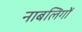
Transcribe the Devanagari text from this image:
नाबलिगों